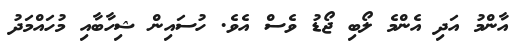
އާންމު އަދި އެންމެ ލޯބި ޖޯޑު ވެސް އެވެ. ހުސައިން ޝިހާބާއި މުހައްމަދު